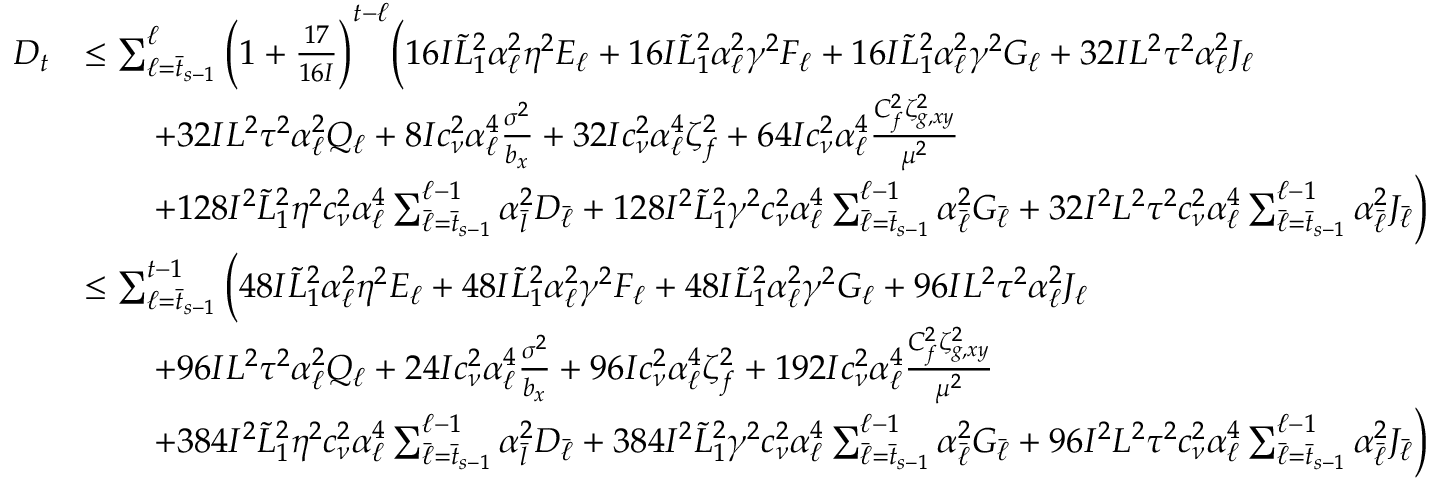
\begin{array} { r l } { D _ { t } } & { \leq \sum _ { \ell = \bar { t } _ { s - 1 } } ^ { \ell } \bigg ( 1 + \frac { 1 7 } { 1 6 I } \bigg ) ^ { t - \ell } \bigg ( 1 6 I \tilde { L } _ { 1 } ^ { 2 } \alpha _ { \ell } ^ { 2 } \eta ^ { 2 } E _ { \ell } + 1 6 I \tilde { L } _ { 1 } ^ { 2 } \alpha _ { \ell } ^ { 2 } \gamma ^ { 2 } F _ { \ell } + 1 6 I \tilde { L } _ { 1 } ^ { 2 } \alpha _ { \ell } ^ { 2 } \gamma ^ { 2 } G _ { \ell } + 3 2 I L ^ { 2 } \tau ^ { 2 } \alpha _ { \ell } ^ { 2 } J _ { \ell } } \\ & { \qquad + 3 2 I L ^ { 2 } \tau ^ { 2 } \alpha _ { \ell } ^ { 2 } Q _ { \ell } + 8 I c _ { \nu } ^ { 2 } \alpha _ { \ell } ^ { 4 } \frac { \sigma ^ { 2 } } { b _ { x } } + 3 2 I c _ { \nu } ^ { 2 } \alpha _ { \ell } ^ { 4 } \zeta _ { f } ^ { 2 } + 6 4 I c _ { \nu } ^ { 2 } \alpha _ { \ell } ^ { 4 } \frac { C _ { f } ^ { 2 } \zeta _ { g , x y } ^ { 2 } } { \mu ^ { 2 } } } \\ & { \qquad + 1 2 8 I ^ { 2 } \tilde { L } _ { 1 } ^ { 2 } \eta ^ { 2 } c _ { \nu } ^ { 2 } \alpha _ { \ell } ^ { 4 } \sum _ { \bar { \ell } = \bar { t } _ { s - 1 } } ^ { \ell - 1 } \alpha _ { \bar { l } } ^ { 2 } D _ { \bar { \ell } } + 1 2 8 I ^ { 2 } \tilde { L } _ { 1 } ^ { 2 } \gamma ^ { 2 } c _ { \nu } ^ { 2 } \alpha _ { \ell } ^ { 4 } \sum _ { \bar { \ell } = \bar { t } _ { s - 1 } } ^ { \ell - 1 } \alpha _ { \bar { \ell } } ^ { 2 } G _ { \bar { \ell } } + 3 2 I ^ { 2 } L ^ { 2 } \tau ^ { 2 } c _ { \nu } ^ { 2 } \alpha _ { \ell } ^ { 4 } \sum _ { \bar { \ell } = \bar { t } _ { s - 1 } } ^ { \ell - 1 } \alpha _ { \bar { \ell } } ^ { 2 } J _ { \bar { \ell } } \bigg ) } \\ & { \leq \sum _ { \ell = \bar { t } _ { s - 1 } } ^ { t - 1 } \bigg ( 4 8 I \tilde { L } _ { 1 } ^ { 2 } \alpha _ { \ell } ^ { 2 } \eta ^ { 2 } E _ { \ell } + 4 8 I \tilde { L } _ { 1 } ^ { 2 } \alpha _ { \ell } ^ { 2 } \gamma ^ { 2 } F _ { \ell } + 4 8 I \tilde { L } _ { 1 } ^ { 2 } \alpha _ { \ell } ^ { 2 } \gamma ^ { 2 } G _ { \ell } + 9 6 I L ^ { 2 } \tau ^ { 2 } \alpha _ { \ell } ^ { 2 } J _ { \ell } } \\ & { \qquad + 9 6 I L ^ { 2 } \tau ^ { 2 } \alpha _ { \ell } ^ { 2 } Q _ { \ell } + 2 4 I c _ { \nu } ^ { 2 } \alpha _ { \ell } ^ { 4 } \frac { \sigma ^ { 2 } } { b _ { x } } + 9 6 I c _ { \nu } ^ { 2 } \alpha _ { \ell } ^ { 4 } \zeta _ { f } ^ { 2 } + 1 9 2 I c _ { \nu } ^ { 2 } \alpha _ { \ell } ^ { 4 } \frac { C _ { f } ^ { 2 } \zeta _ { g , x y } ^ { 2 } } { \mu ^ { 2 } } } \\ & { \qquad + 3 8 4 I ^ { 2 } \tilde { L } _ { 1 } ^ { 2 } \eta ^ { 2 } c _ { \nu } ^ { 2 } \alpha _ { \ell } ^ { 4 } \sum _ { \bar { \ell } = \bar { t } _ { s - 1 } } ^ { \ell - 1 } \alpha _ { \bar { l } } ^ { 2 } D _ { \bar { \ell } } + 3 8 4 I ^ { 2 } \tilde { L } _ { 1 } ^ { 2 } \gamma ^ { 2 } c _ { \nu } ^ { 2 } \alpha _ { \ell } ^ { 4 } \sum _ { \bar { \ell } = \bar { t } _ { s - 1 } } ^ { \ell - 1 } \alpha _ { \bar { \ell } } ^ { 2 } G _ { \bar { \ell } } + 9 6 I ^ { 2 } L ^ { 2 } \tau ^ { 2 } c _ { \nu } ^ { 2 } \alpha _ { \ell } ^ { 4 } \sum _ { \bar { \ell } = \bar { t } _ { s - 1 } } ^ { \ell - 1 } \alpha _ { \bar { \ell } } ^ { 2 } J _ { \bar { \ell } } \bigg ) } \end{array}